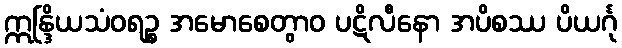
ဣန္ဒြိယသံဝရဉ္စ အမောစေတွာဝ ပဋိလီနော အပိစဿ ပိယင်္ဂု